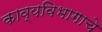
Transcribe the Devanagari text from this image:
काव्यविभागाचे